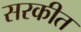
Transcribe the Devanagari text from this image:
सरकीत